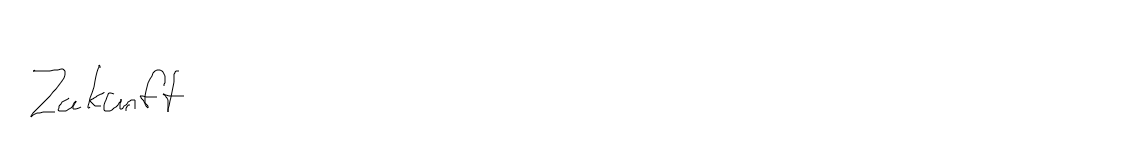
Zukunft